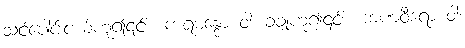
သင်ပေါင်းငယ်ဟူ၍၎င်း။ ကရမန္ဒော ဝါ၊ ခံချုံဟူ၍၎င်း။ ကဏဝီရော ဝါ၊